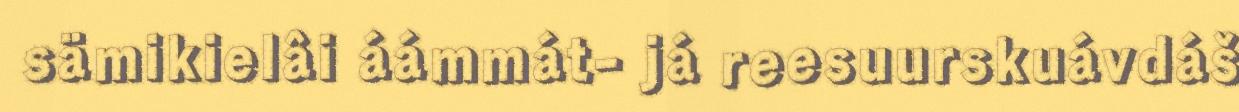
sämikielâi áámmát- já reesuurskuávdáš